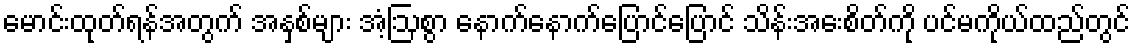
မောင်းထုတ်ရန်အတွက် အနှစ်များ အံ့ဩစွာ နောက်နောက်ပြောင်ပြောင် သိန်းအေးစိတ်ကို ပင်မကိုယ်ထည်တွင်